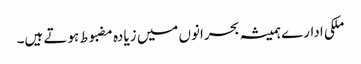
ملکی ادارے ہمیشہ بحرانوں میں زیادہ مضبوط ہوتے ہیں۔